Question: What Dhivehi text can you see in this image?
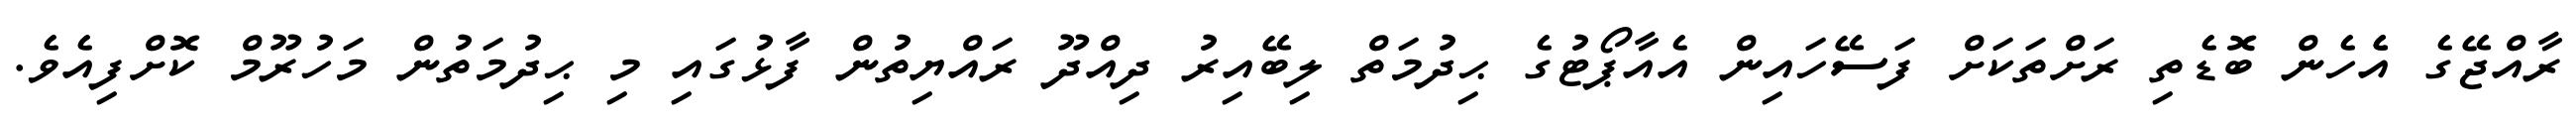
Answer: ރާއްޖޭގެ އެެހެން ބޮޑެތި ރަށްތަކަށް ފަސޭހައިން އެއާޕޯޓުގެ ޙިދުމަތް ލިބޭއިރު ދިއްދޫ ރައްޔިތުން ފާޅުގައި މި ޙިދުމަތުން މަހުރޫމް ކޮށްފިއެވެ.